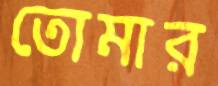
তোমার